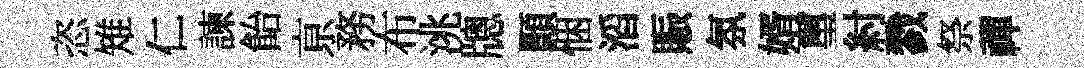
恣雉仁諫飴亰務布洮牕顥悃滔賑氛婿璽紂戮祭禪